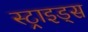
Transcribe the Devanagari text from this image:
स्ट्राइड्स